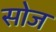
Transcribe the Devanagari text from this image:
सोज